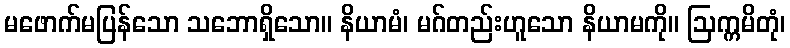
မဖောက်မပြန်သော သဘောရှိသော။ နိယာမံ၊ မဂ်တည်းဟူသော နိယာမကို။ ဩက္ကမိတုံ၊